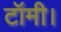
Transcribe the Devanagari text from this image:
टॉमी।